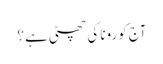
آج کورونا کی چھٹی ہے ؟